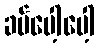
ခပ်ပေါ့ပေါ့